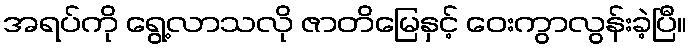
အရပ်ကို ရွေ့လာသလို ဇာတိမြေနှင့် ဝေးကွာလွန်းခဲ့ပြီ။